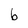
Character: b